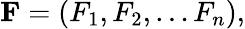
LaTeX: \mathbf{F}=(F_{1},F_{2},\ldots F_{n}),